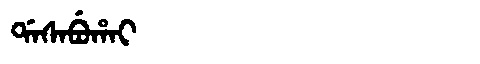
Manchu: ᡩᠠᠰᠠᠪᡠᡥᠠᡳ
Romanization: DASABUHAI